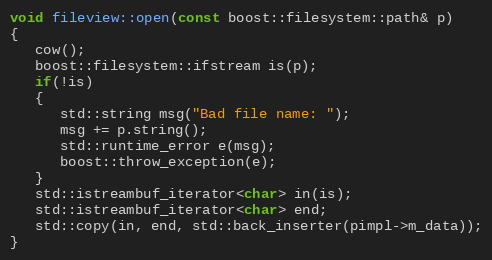
Language: C++
void fileview::open(const boost::filesystem::path& p)
{
   cow();
   boost::filesystem::ifstream is(p);
   if(!is)
   {
      std::string msg("Bad file name: ");
      msg += p.string();
      std::runtime_error e(msg);
      boost::throw_exception(e);
   }
   std::istreambuf_iterator<char> in(is);
   std::istreambuf_iterator<char> end;
   std::copy(in, end, std::back_inserter(pimpl->m_data));
}